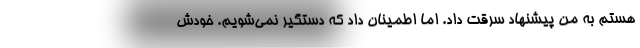
هستم به من پیشنهاد سرقت داد. اما اطمینان داد که دستگیر نمی‌شویم. خودش